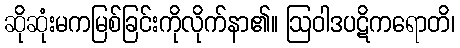
ဆိုဆုံးမကမြစ်ခြင်းကိုလိုက်နာ၏။ ဩဝါဒပဋိကရောတိ၊